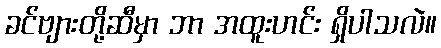
ခင်ဗျားတို့ဆီမှာ ဘာ အထူးဟင်း ရှိပါသလဲ။